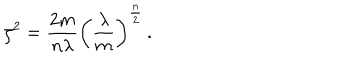
\zeta ^ { 2 } = \frac { 2 m } { n \lambda } \left( \frac { \lambda } { m } \right) ^ { \frac { n } { 2 } } \, .